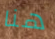
هنا